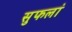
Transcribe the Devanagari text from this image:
सुफलां